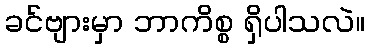
ခင်ဗျားမှာ ဘာကိစ္စ ရှိပါသလဲ။